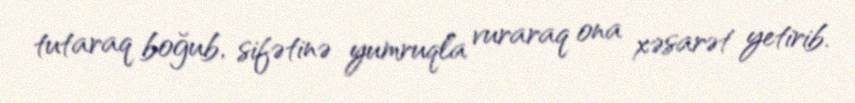
tutaraq boğub, sifətinə yumruqla vuraraq ona xəsarət yetirib.